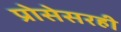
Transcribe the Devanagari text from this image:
प्रोसेसरही